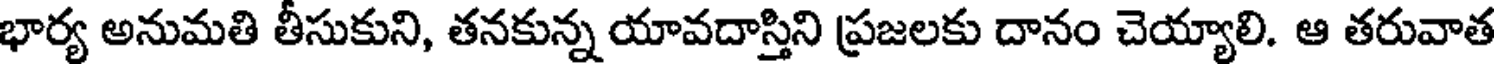
భార్య అనుమతి తీసుకుని, తనకున్న యావదాస్తిని ప్రజలకు దానం చెయ్యాలి. ఆ తరువాత